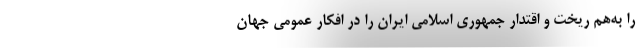
را به‌هم ریخت و اقتدار جمهوری اسلامی ایران را در افکار عمومی جهان